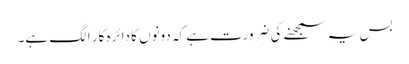
بس یہ سمجھنے کی ضرورت ہے کہ دونوں کا دائرہ کار الگ ہے۔